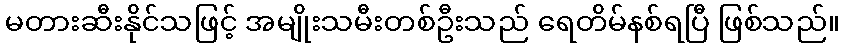
မတားဆီးနိုင်သဖြင့် အမျိုးသမီးတစ်ဦးသည် ရေတိမ်နစ်ရပြီ ဖြစ်သည်။